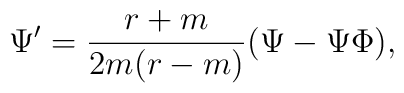
\Psi '= {r+m\over 2m(r-m)}(\Psi -\Psi\Phi ),